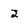
Character: 2